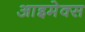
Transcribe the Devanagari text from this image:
आइमेक्स